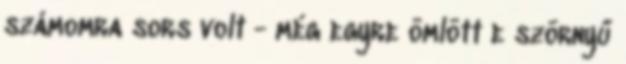
számomra sors volt - még egyre ömlött e szörnyű